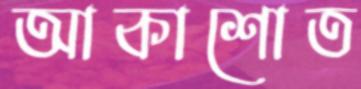
আকাশোত